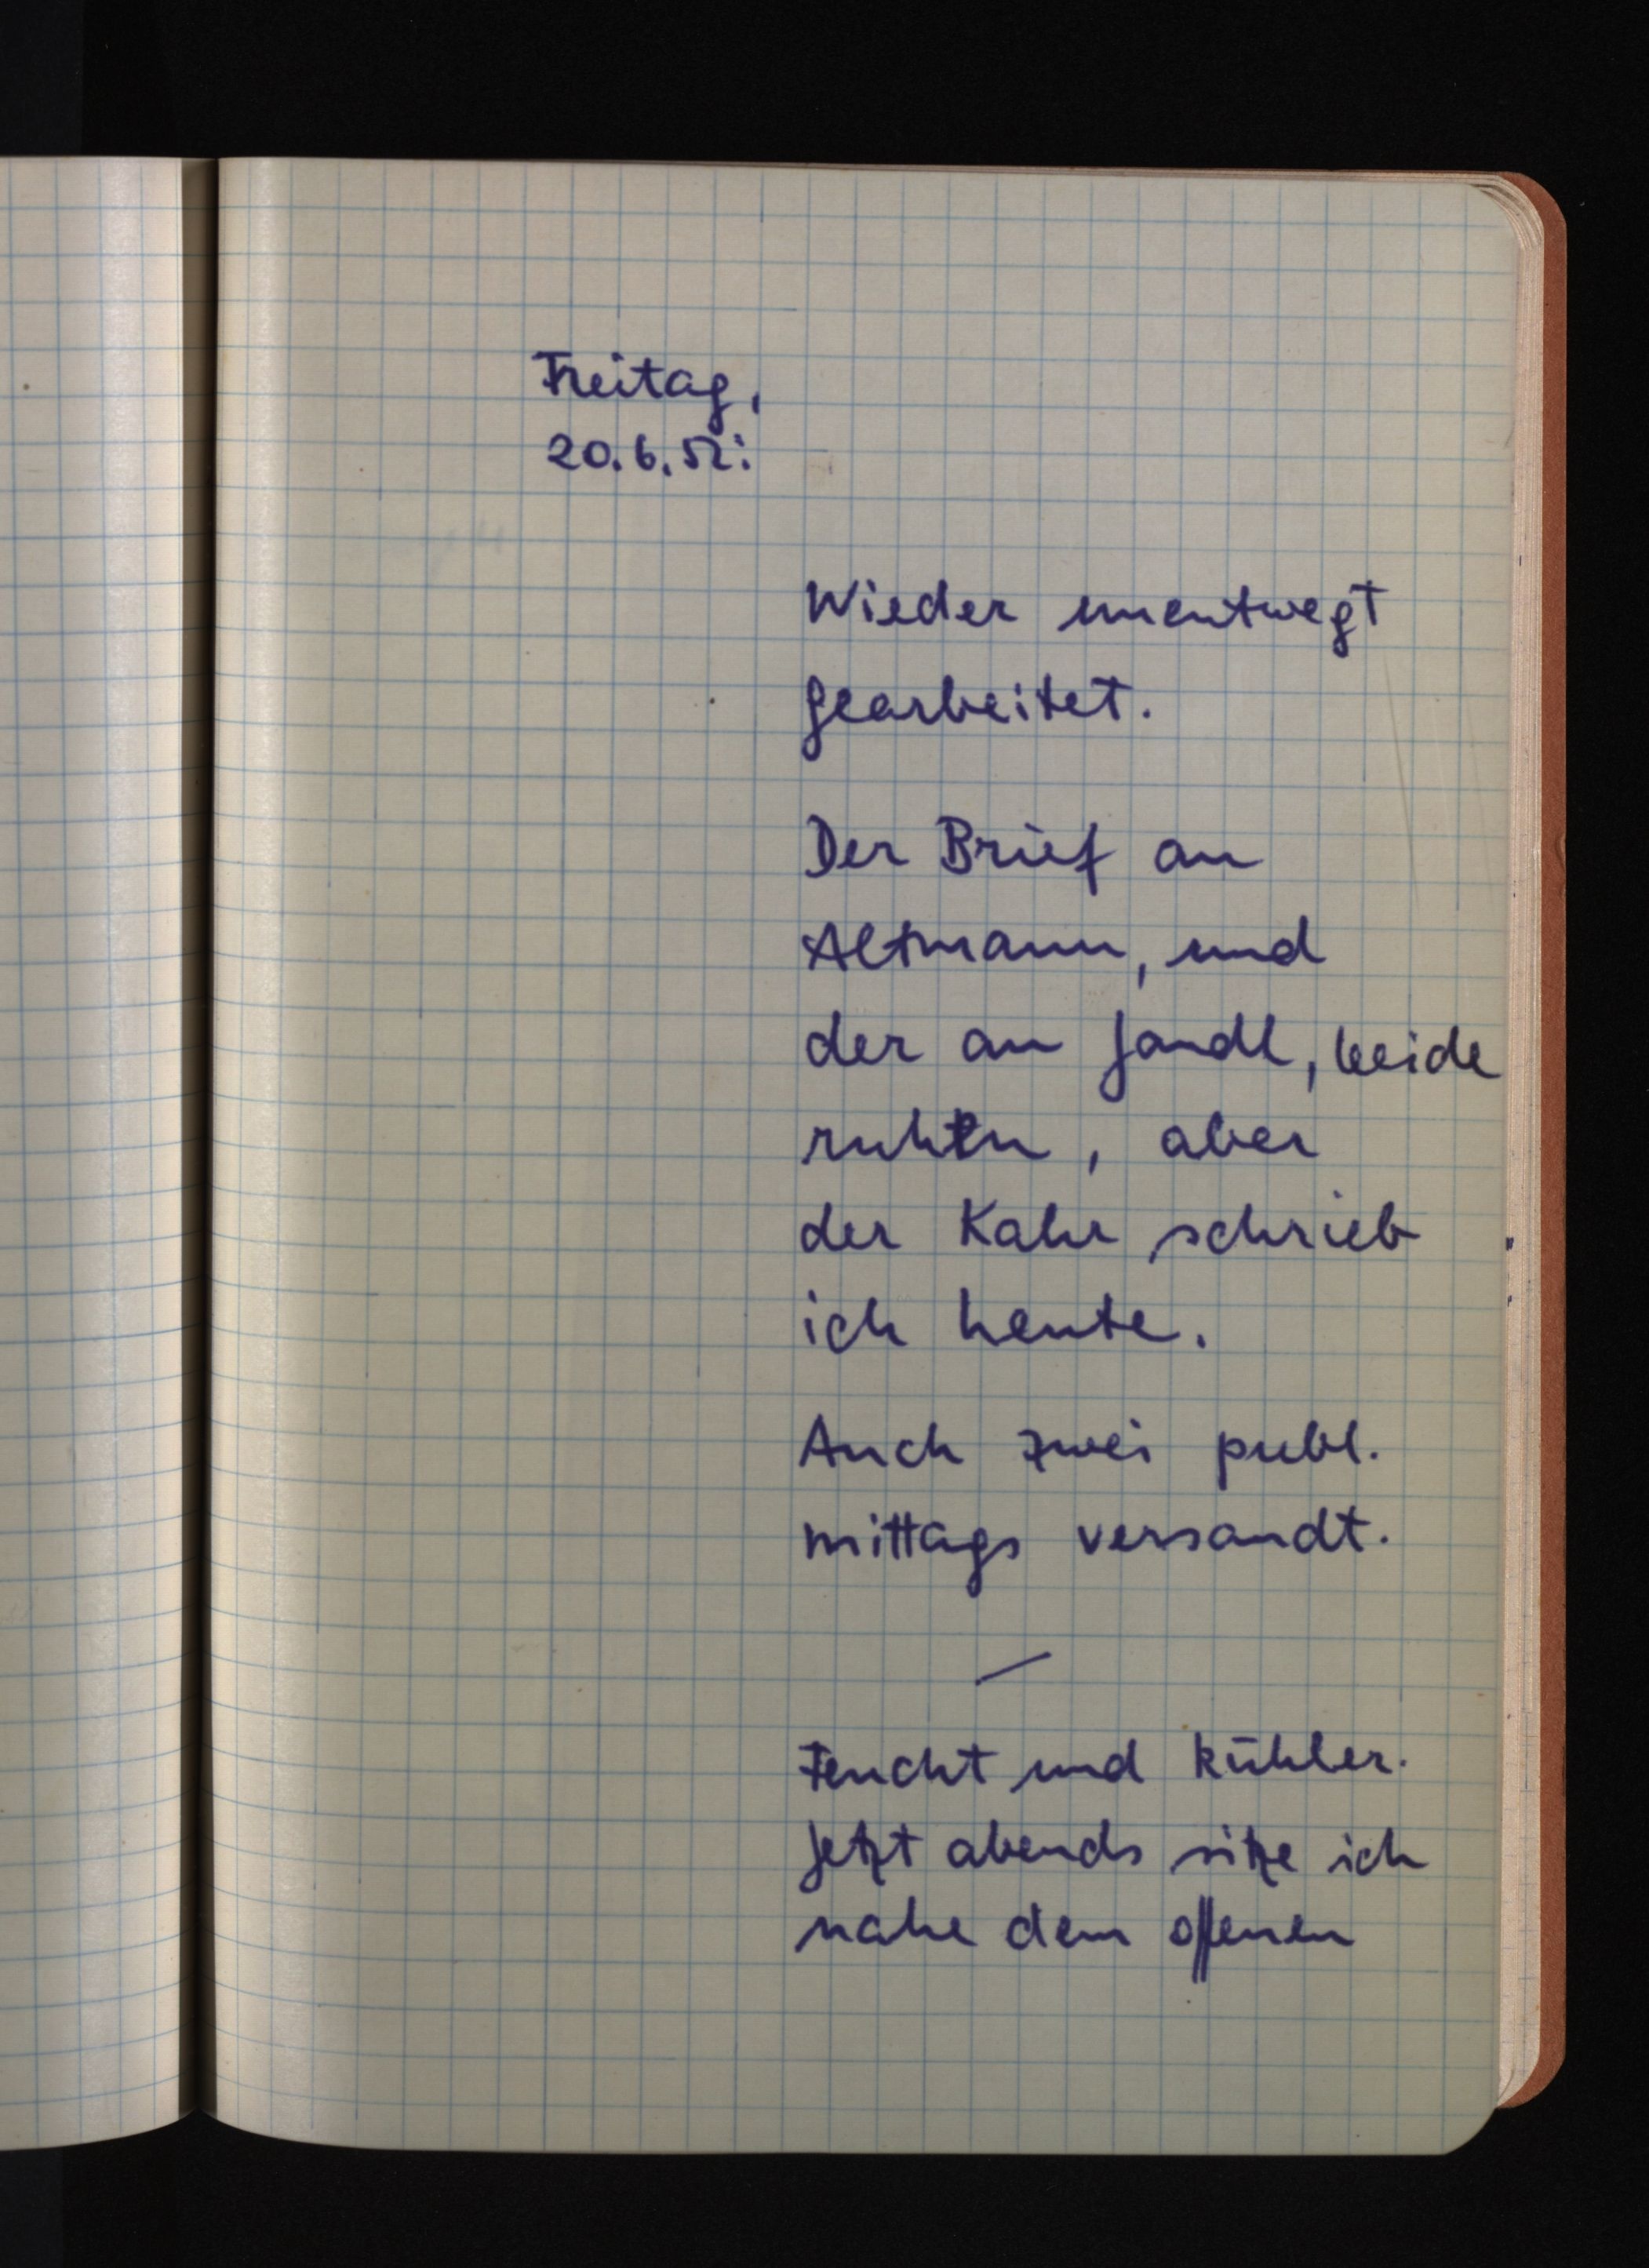
Freitag,
20.6.52:
Wieder unentwegt
gearbeitet.
Der Brief an
Altmann, und
der an Jandl, beide
ruhten, aber
der Kahr schrieb
ich heute.
Auch zwei publ.
mittags versandt.
Feucht und kühler.
Jetzt abends sitze ich
nahe dem offenen